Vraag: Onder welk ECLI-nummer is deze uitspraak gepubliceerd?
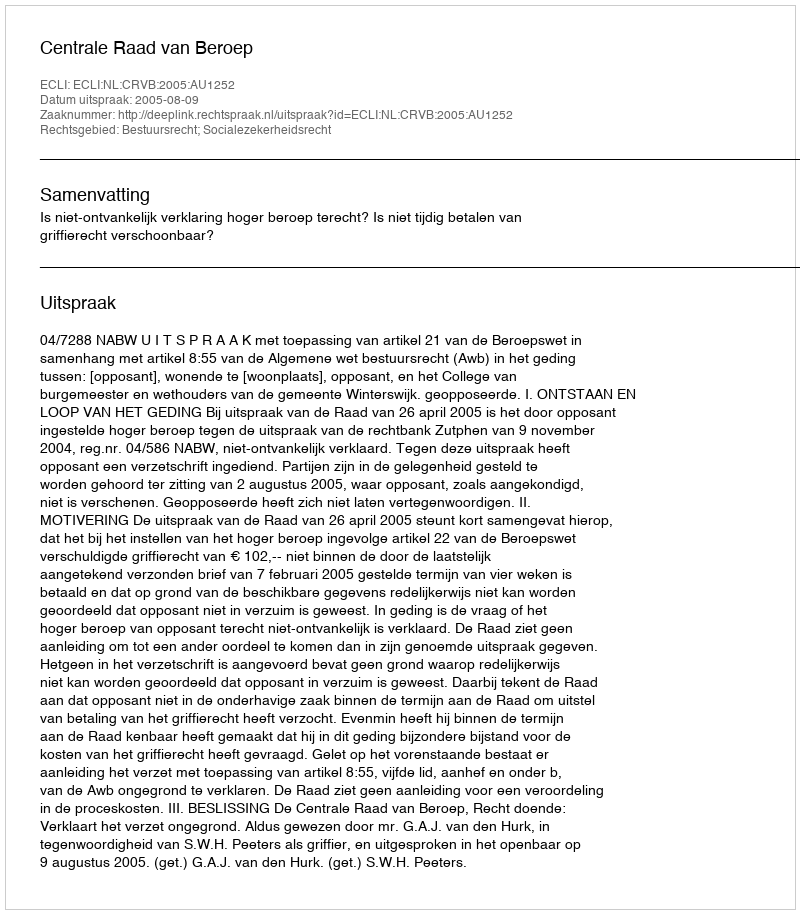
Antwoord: ECLI:NL:CRVB:2005:AU1252